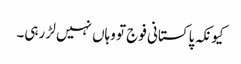
کیونکہ پاکستانی فوج تو وہاں نہیں لڑ رہی۔